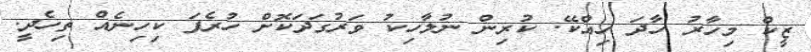
ޒީކް މިހާރު ހާދަ ހިއްކޭ. ކުރިން ނުލާހިކު ވަރުގަދަކޮށް ހުރެފަ ކިހިނެއް ތިހެދީ.